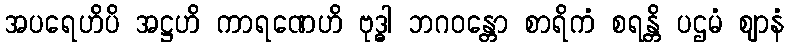
အပရေဟိပိ အဋ္ဌဟိ ကာရဏေဟိ ဗုဒ္ဓါ ဘဂဝန္တော စာရိကံ စရန္တိ ပဌမံ ဈာနံ